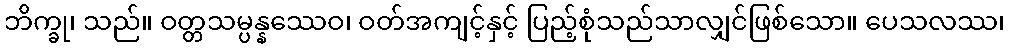
ဘိက္ခု၊ သည်။ ဝတ္တသမ္ပန္နဿေဝ၊ ဝတ်အကျင့်နှင့် ပြည့်စုံသည်သာလျှင်ဖြစ်သော။ ပေသလဿ၊